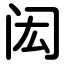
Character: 闳